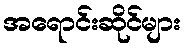
အရောင်းဆိုင်များ